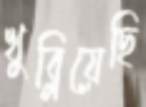
খুব্‌লিয়েছি